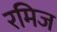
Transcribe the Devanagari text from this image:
रमिज